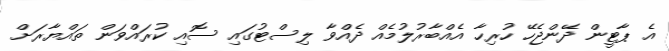
އެ ޕާޓީން ދޭންޖެހޭ ހުރިހާ އެއްބާރުލުމެއް ދެއްވާ ލިސްޓުގައި ސޮއި ކުރައްވަން ތައްޔާރަށް